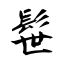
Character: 髰